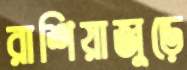
রাশিয়াজুড়ে